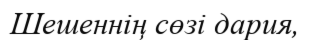
Шешеннің сөзі дария,